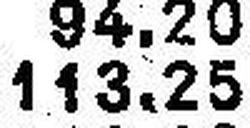
113.25